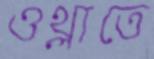
ওথ্‌লাতে